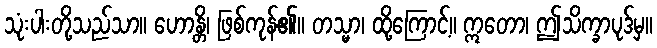
သုံးပါးတို့သည်သာ။ ဟောန္တိ၊ ဖြစ်ကုန်၏။ တသ္မာ၊ ထို့ကြောင့်။ ဣတော၊ ဤသိက္ခာပုဒ်မှ။